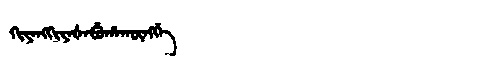
Manchu: ᡴᡳᠶᠠᠩᡴᡳᠶᠠᡧᠠᠪᡠᡥᠠᡴᡡᠩᡤᡝ
Romanization: KIYANGKIYAŠABUHAKŪNGGE